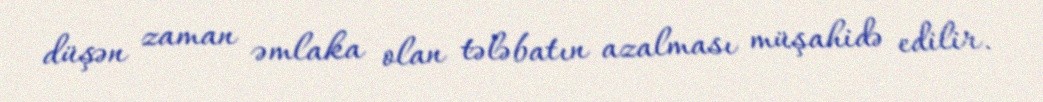
düşən zaman əmlaka olan tələbatın azalması müşahidə edilir.